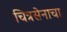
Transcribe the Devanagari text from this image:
चित्रसेनाचा